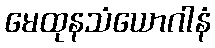
မေထုနသံယောဂါနံ